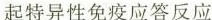
起特异性免疫应答反应